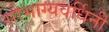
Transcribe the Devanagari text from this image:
सौभाग्यवर्धिनी